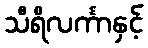
သီရိလင်္ကာနှင့်